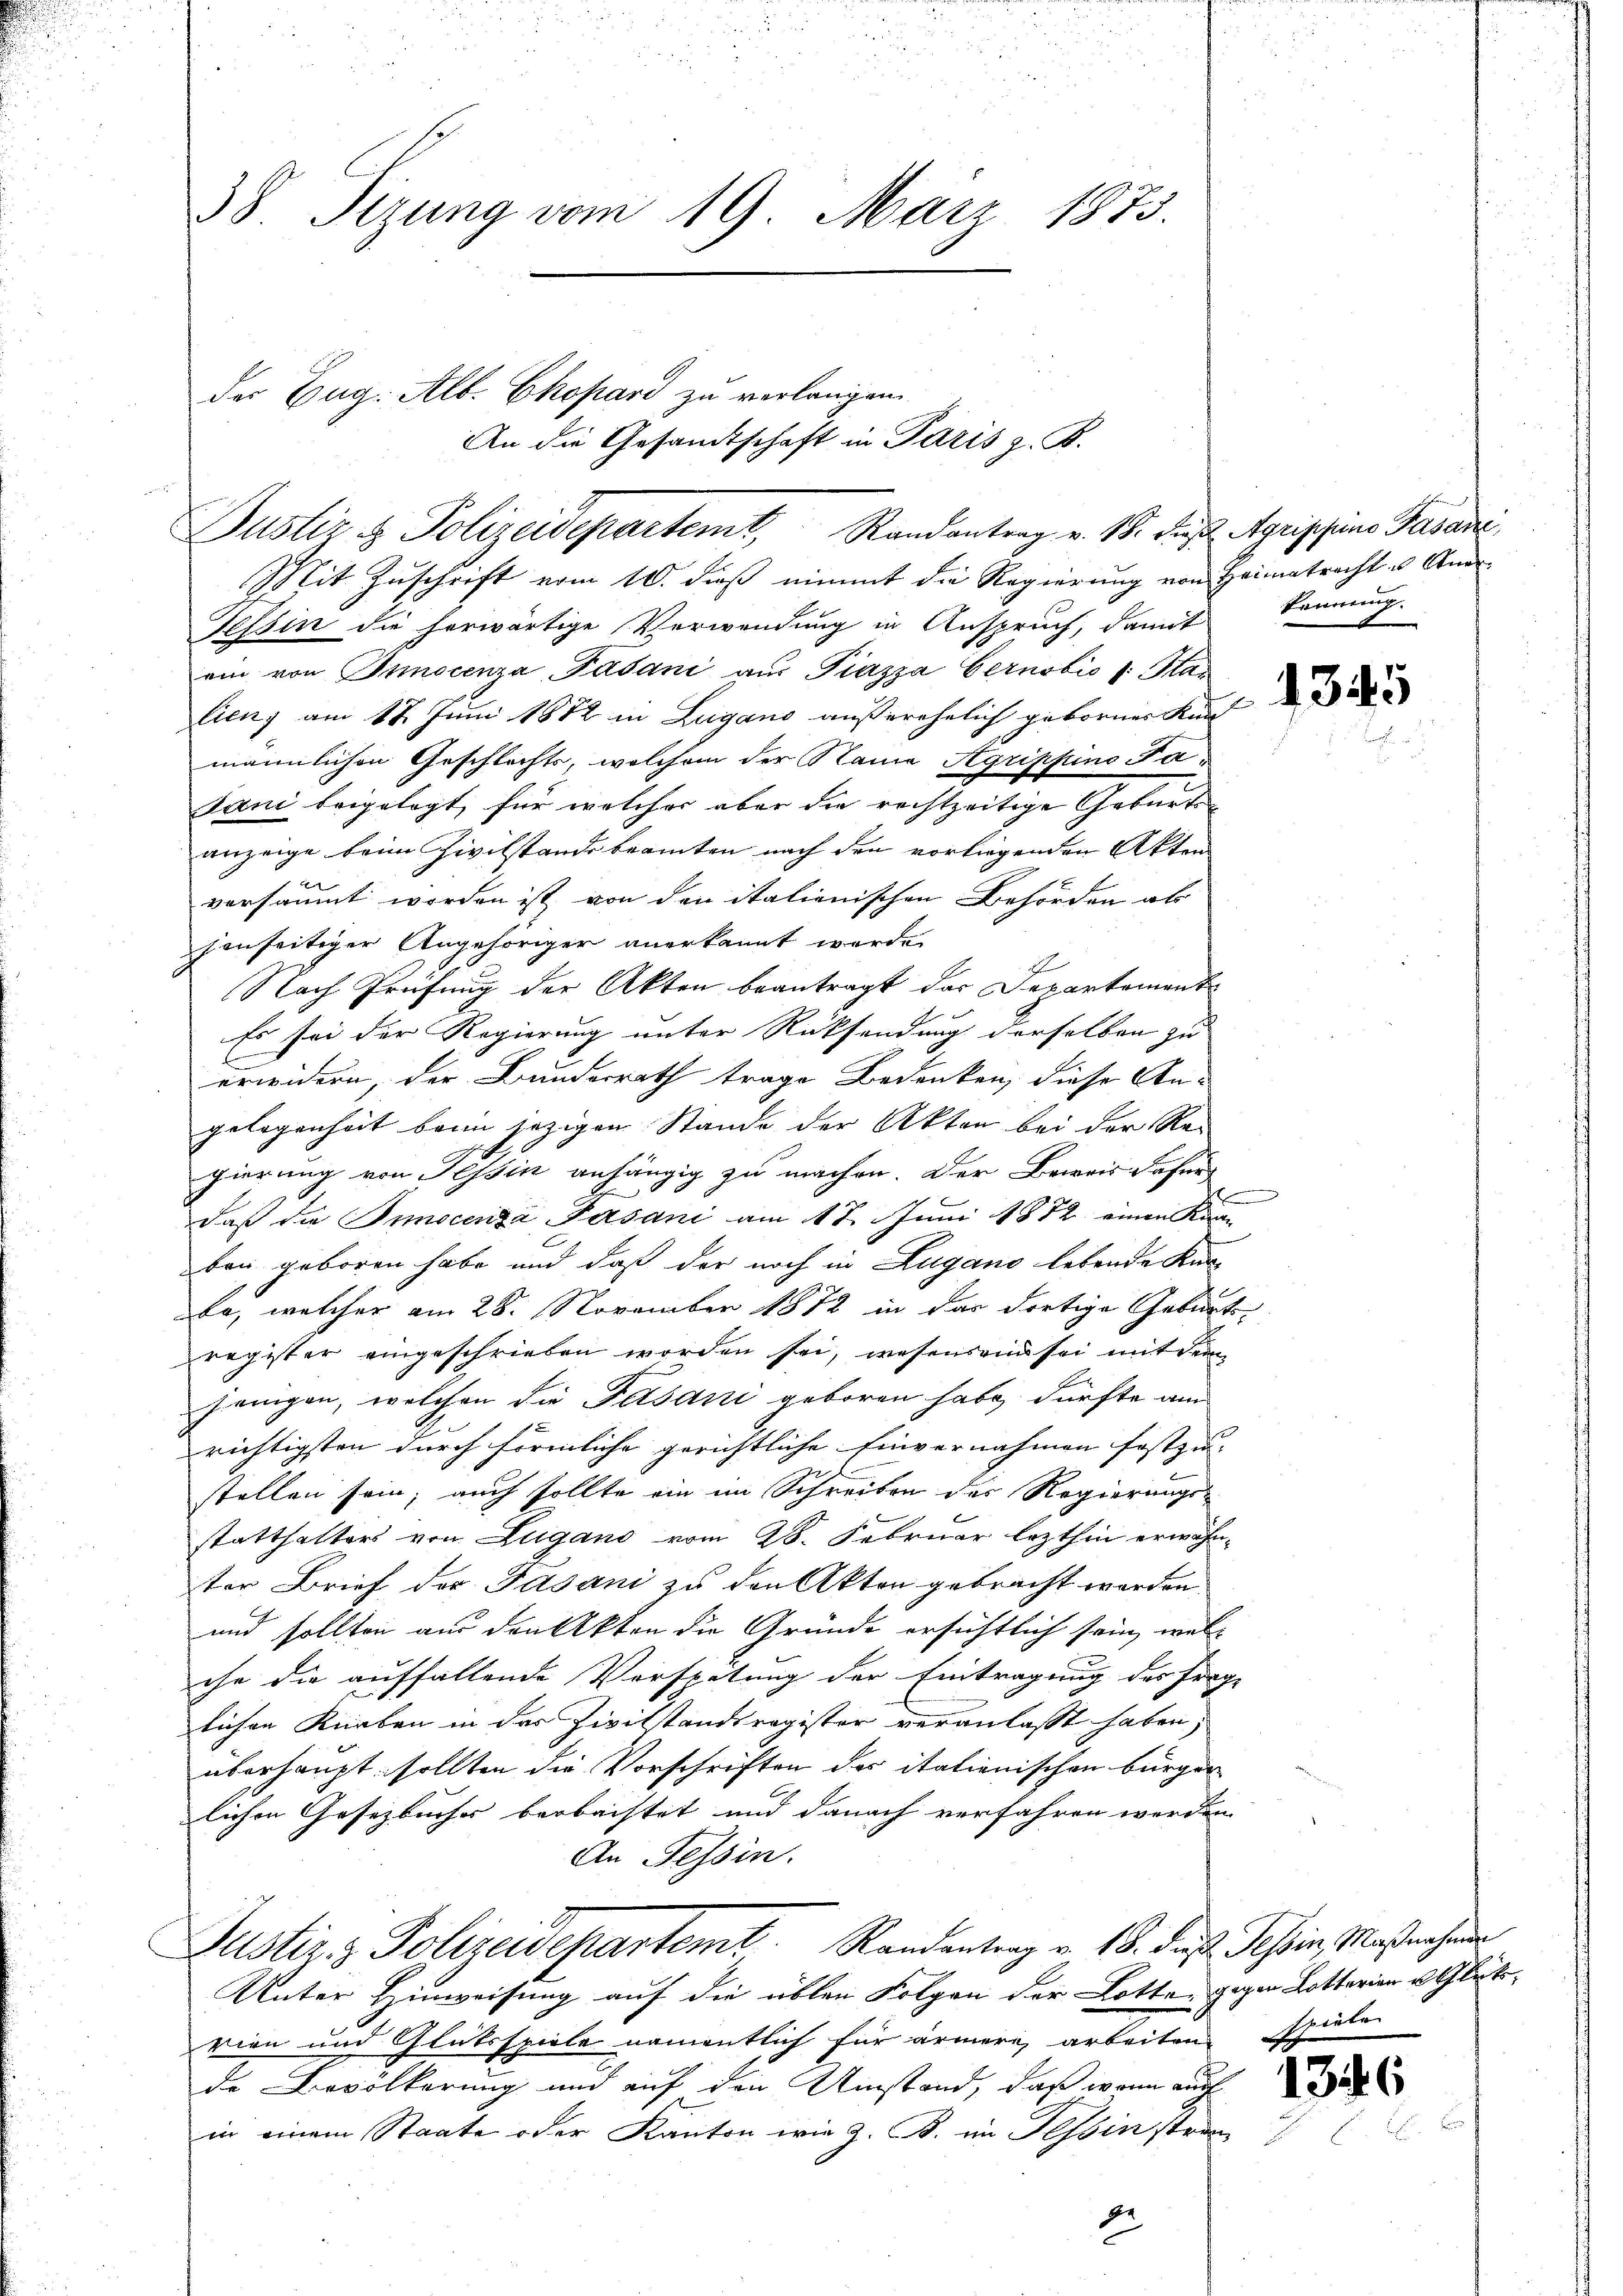
38 Tizung vom 19. März 1873.

Justiz & Polizeidepartemt, Randantrag v. 18. Die Agrippens Gasani

der Eug. Alb. Chopard zu verlangen.
An die Gesandtschaft in Paris z. B.

Mit Zuschrift vom 10. dieß nimmt die Regierung von Heimatrecht u An¬
Tessin die herwärtige Verwendung in Anspruch, damit kennung.
ein von Innocenza, Pasani aŭs Piazza Gernobis 1. Sta
lien, am 12. Juni 1882 in Lugano außerehelich geborner Kun
männlichen Geschlechts, welchem der Name Agrippino Fa¬
Jani beigelegt, für welcher aber die rechtzeitige Geburtsanzeige beim Zivilstandsbeamten nach den vorliegenden Akten
versäumt worden ist von den italienischen Behörden abs
jenseitiger Angehöriger anerkannt werde.
d
Nach Prüfung der Akten beantragt das Departement
Es sei der Regierung unter Rücksendung derselben zu
erwidern, der Bunderrath trage Bedenken, diese An-
gelegenheit beim jezigen Stande der Akten bei der Regierung von Tessin anhängig zu machen. Der Beweis dafür
daß die Binocenza Pasani am 17. Juni 1882 einen Kran
bon geboren habe und daß der noch in Zugano lebende Kurba, welcher am 28. November 1872 in das dortige Geburts
register eingeschrieben worden sei, wesensein sei mit dem
jenigen, welchen die Felsani geboren habe, dürfte am
richtigsten durch förmliche gerichtliche Einvernahmen festzu- |
stellen sein; auch sollte ein im Schreiben des Regierungs-
statthalters von Zugano vom 28. Februar lezthin erwähnter Brief der Gasani zu den Akten gebracht worden.
und sollten aus den Akten die Gründe ersichtlich sein, wel-
che die auffallende Verspätung der Eintragung des frag-
lichen Krieben in der Zivilstandsregister veranlasst haben,
überhaupt sollten die Vorschriften des itationischen bürger-
lichen Gesetzbucher beobachtet und danach verfahren werden.
An Tessin.
Justiz & Polizeidepartemt. Randentrag v. 18. des Tessin, Massnahmen
Unter Hinweisung auf die üblen Folgen der Lotte gegen Lotterien u. Glückvien und Glutsspiele namentlich für ärmere, arbeiten
de Bevölkerung und auf den Umstand, daß wenn auch
in einem Staate oder Kanton wie z. B. im Tessin stran
ge

heinter

1346